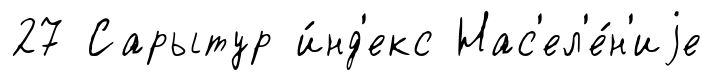
27 Сарытур и́нд'екс Нас'ел'е́н'иjе